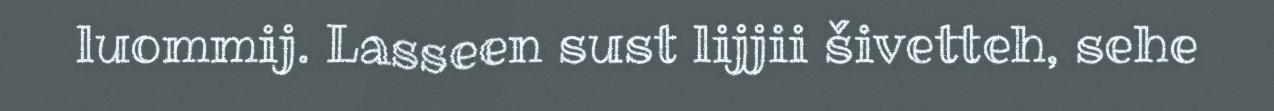
luommij. Lasseen sust lijjii šivetteh, sehe